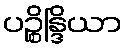
ပဉ္စိန္ဒြိယာ